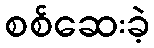
စစ်ဆေးခဲ့